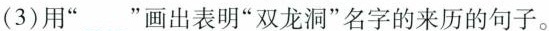
(3)用”___”画出表明”双龙洞”名字的来历的句子。